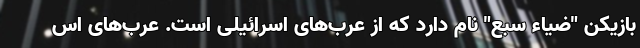
بازیکن "ضیاء سبع" نام دارد که از عرب‌های اسرائیلی است. عرب‌های اس